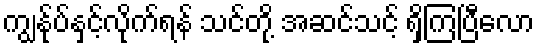
ကျွန်ုပ်နှင့်လိုက်ရန် သင်တို့ အဆင်သင့် ရှိကြပြီလော